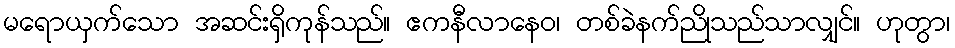
မရောယှက်သော အဆင်းရှိကုန်သည်။ ဧကနီလာနေဝ၊ တစ်ခဲနက်ညိုသည်သာလျှင်။ ဟုတွာ၊